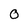
Character: 0